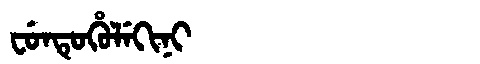
Manchu: ᠸᡠᠨᡨᡠᡥᡠᠯᡝᡴᡳᠨᡳ
Romanization: FUNTUHULEKINI